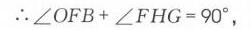
\(\therefore\angle OFB+\angle FHG = 90^{\circ}\)